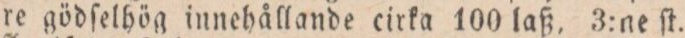
re gödſelhög innehållande cirka 100 laß, 3:ne ſt.